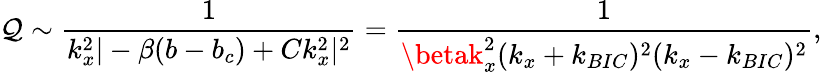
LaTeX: \mathcal{Q}\sim\frac{{1}}{{k_{x}^{2}|-\beta(b-b_{c})+Ck_{x}^{2}|^{2}}}=\frac{{1}}{{\betak_{x}^{2}(k_{x}+k_{BIC})^{2}(k_{x}-k_{BIC})^{2}}},